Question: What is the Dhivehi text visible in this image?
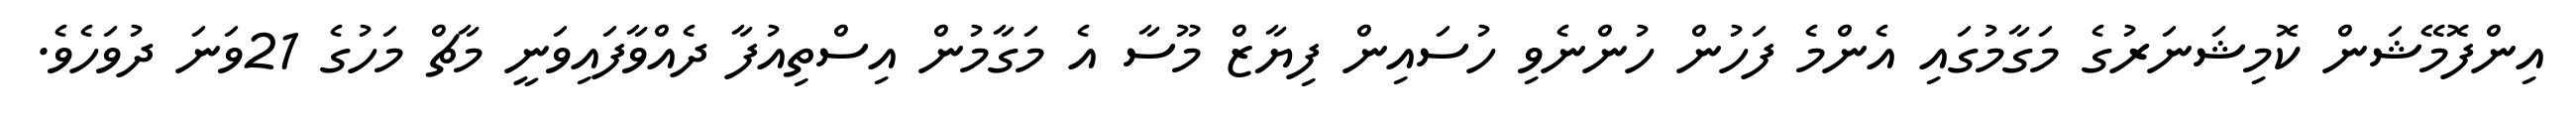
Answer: އިންފޮމޭޝަން ކޮމިޝަނަރުގެ މަގާމުގައި އެންމެ ފަހުން ހުންނެވި ހުސައިން ފިޔާޒް މޫސާ އެ މަގާމުން އިސްތިއުފާ ދެއްވާފައިވަނީ މާޗް މަހުގެ 21ވަނަ ދުވަހެވެ.